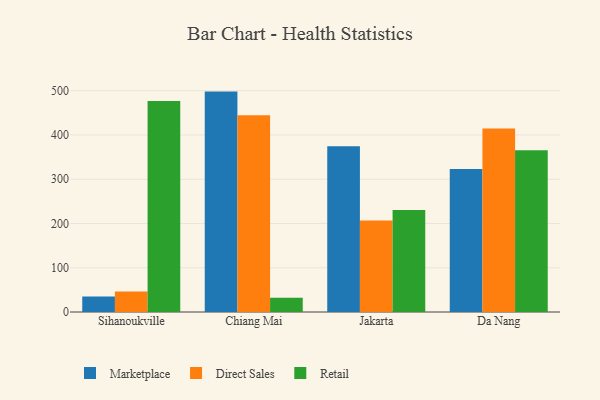
{"axis": {"x": "City", "y": "LTV (USD)"}, "legend": ["Direct Sales", "Marketplace", "Retail"], "data": [{"x": "Sihanoukville", "y": 35.1, "type": "Marketplace"}, {"x": "Sihanoukville", "y": 46.6, "type": "Direct Sales"}, {"x": "Sihanoukville", "y": 477.0, "type": "Retail"}, {"x": "Chiang Mai", "y": 498.0, "type": "Marketplace"}, {"x": "Chiang Mai", "y": 444.4, "type": "Direct Sales"}, {"x": "Chiang Mai", "y": 32.4, "type": "Retail"}, {"x": "Jakarta", "y": 374.6, "type": "Marketplace"}, {"x": "Jakarta", "y": 206.7, "type": "Direct Sales"}, {"x": "Jakarta", "y": 230.2, "type": "Retail"}, {"x": "Da Nang", "y": 323.3, "type": "Marketplace"}, {"x": "Da Nang", "y": 414.7, "type": "Direct Sales"}, {"x": "Da Nang", "y": 365.5, "type": "Retail"}]}